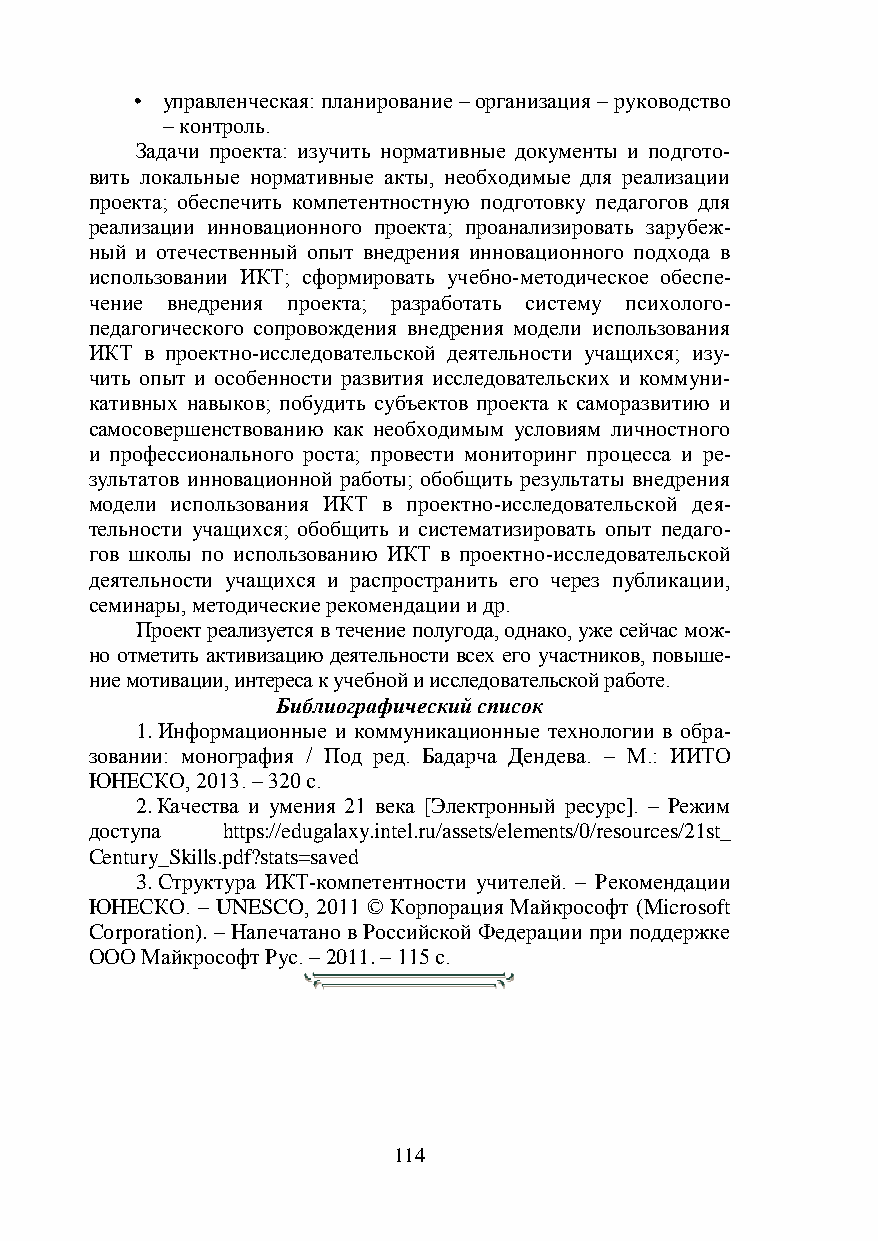
• управленческая: планирование – организация – руководство
 – контроль.
 Задачи проекта: изучить нормативные документы и подгото-
 вить локальные нормативные акты, необходимые для реализации
 проекта; обеспечить компетентностную подготовку педагогов для
 реализации инновационного проекта; проанализировать зарубеж-
 ный и отечественный опыт внедрения инновационного подхода в
 использовании ИКТ; сформировать учебно-методическое обеспе-
 чение внедрения проекта; разработать систему психолого-
 педагогического сопровождения внедрения модели использования
 ИКТ в проектно-исследовательской деятельности учащихся; изу-
 чить опыт и особенности развития исследовательских и коммуни-
 кативных навыков; побудить субъектов проекта к саморазвитию и
 самосовершенствованию как необходимым условиям личностного
 и профессионального роста; провести мониторинг процесса и ре-
 зультатов инновационной работы; обобщить результаты внедрения
 модели использования ИКТ в проектно-исследовательской дея-
 тельности учащихся; обобщить и систематизировать опыт педаго-
 гов школы по использованию ИКТ в проектно-исследовательской
 деятельности учащихся и распространить его через публикации,
 семинары, методические рекомендации и др.
 Проект реализуется в течение полугода, однако, уже сейчас мож-
 но отметить активизацию деятельности всех его участников, повыше-
 ние мотивации, интереса к учебной и исследовательской работе.
 Библиографический список
 1. Информационные и коммуникационные технологии в обра-
 зовании: монография / Под ред. Бадарча Дендева. – М.: ИИТО
 ЮНЕСКО, 2013. – 320 с.
 2. Качества и умения 21 века [Электронный ресурс]. – Режим
 доступа  https://edugalaxy.intel.ru/assets/elements/0/resources/21st_
 Century_Skills.pdf?stats=saved
 3. Структура ИКТ-компетентности учителей. – Рекомендации
 ЮНЕСКО. – UNESCO, 2011 © Корпорация Майкрософт (Microsoft
 Corporation). – Напечатано в Российской Федерации при поддержке
 ООО Майкрософт Рус. – 2011. – 115 с.
 114